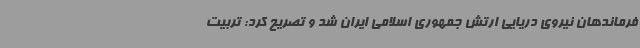
فرماندهان نیروی دریایی ارتش جمهوری اسلامی ایران شد و تصریح کرد: تربیت